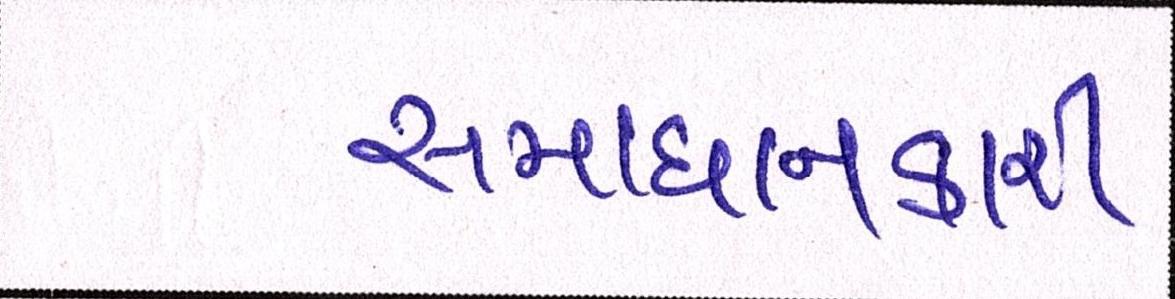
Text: સમાધાનકારી